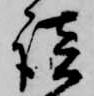
談